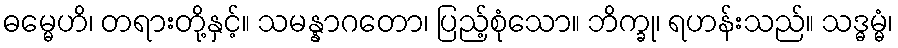
ဓမ္မေဟိ၊ တရားတို့နှင့်။ သမန္နာဂတော၊ ပြည့်စုံသော။ ဘိက္ခု၊ ရဟန်းသည်။ သဒ္ဓမ္မံ၊